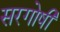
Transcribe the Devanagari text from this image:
सरगोषी